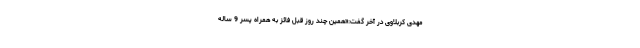
مهدی کربلاوی در آخر گفت:«همین چند روز قبل فائز به همراه پسر 9 ساله